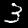
Label: 3